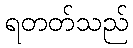
ရတတ်သည်